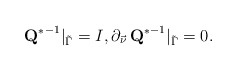
\begin{align*} {\mbox{\bf Q}^*}^{-1}\vert_{\tilde \Gamma}=I,\partial_{\vec \nu}\,{\mbox{\bf Q}^*}^{-1}\vert_{\tilde \Gamma}=0.\end{align*}